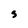
Character: s